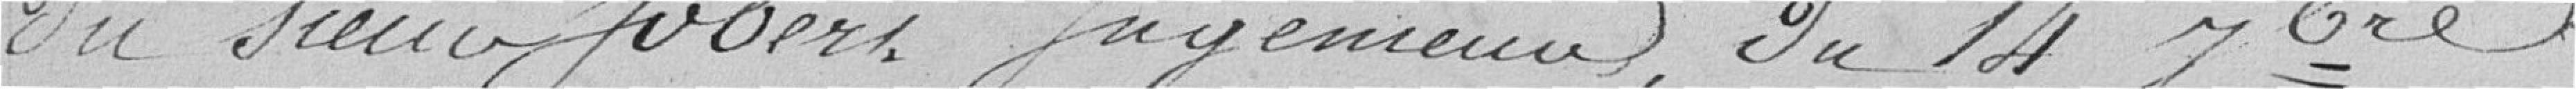
du Sieur Jobert Ingénieur, du 14 Nbre